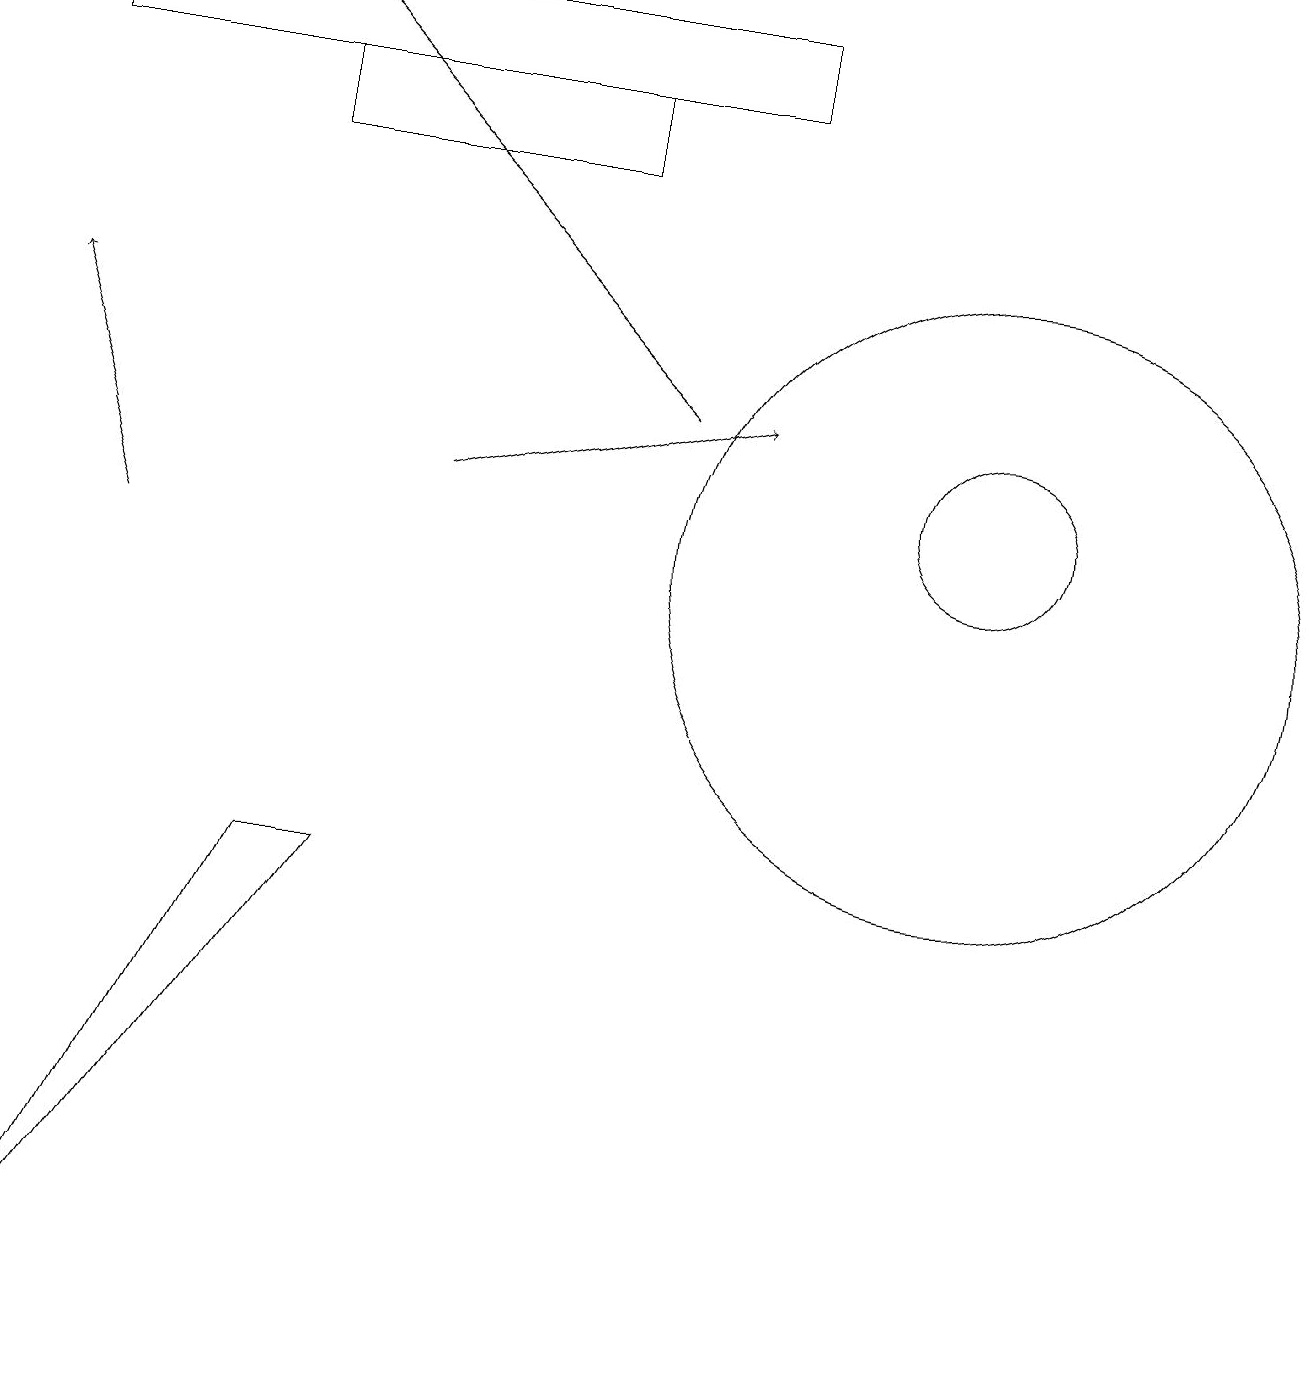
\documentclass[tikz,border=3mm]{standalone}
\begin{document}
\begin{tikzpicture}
\draw (12,11) circle (1);
\draw[->] (5,11) -- (9,12);
\draw (9,17) rectangle (0,16);
\draw[->] (8,12) -- (3,17);
\draw (3,6) -- (0,0) -- (4,6) -- cycle;
\draw (12,10) circle (4);
\draw[->] (1,10) -- (0,13);
\draw (7,15) rectangle (3,16);
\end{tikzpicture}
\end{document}